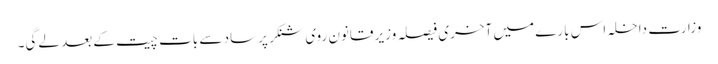
وزارت داخلہ اس بارے میں آخری فیصلہ وزیر قانون روی شنکر پرساد سے بات چیت کے بعد لے‌گی۔